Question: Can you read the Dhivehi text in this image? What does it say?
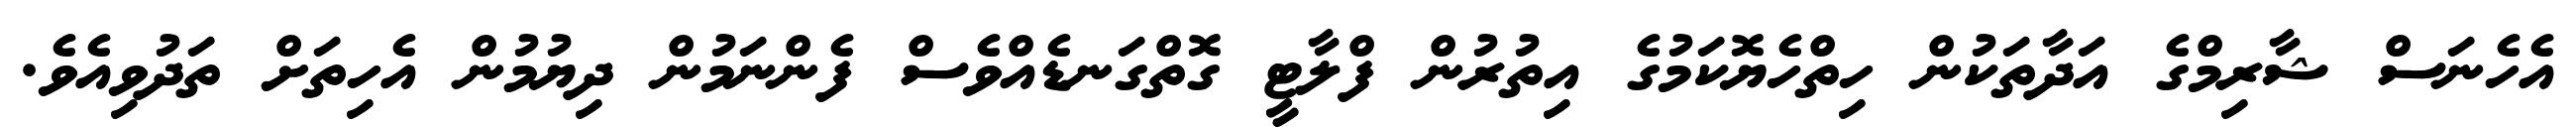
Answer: އެހެނަސް ޝާރިމްގެ އަދާތަކުން ހިތްހެޔޮކަމުގެ އިތުރުން ފްލާޓީ ގޮތްގަނޑެއްވެސް ފެންނަމުން ދިޔުމުން އެހިތަށް ތަދުވިއެވެ.